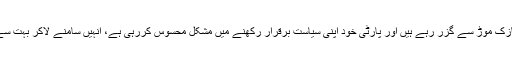
اب جبکہ وہ زندگی کے انتہائی نازک موڑ سے گزر رہے ہیں اور پارٹی خود اپنی سیاست برقرار رکھنے میں مشکل محسوس کررہی ہے، انہیں سامنے لاکر بہت سے سوالات کا در کھول دیا گیاہے۔